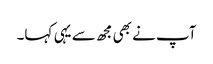
آپ نے بھی مجھ سے یہی کہا۔